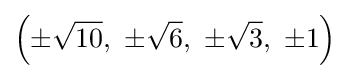
\left(\pm {\sqrt {10}},\ \pm {\sqrt {6}},\ \pm {\sqrt {3}},\ \pm 1\right)